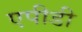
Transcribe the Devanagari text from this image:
एपीडी